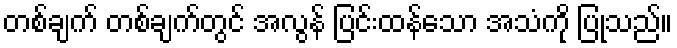
တစ်ချက် တစ်ချက်တွင် အလွန် ပြင်းထန်သော အသံကို ပြုသည်။